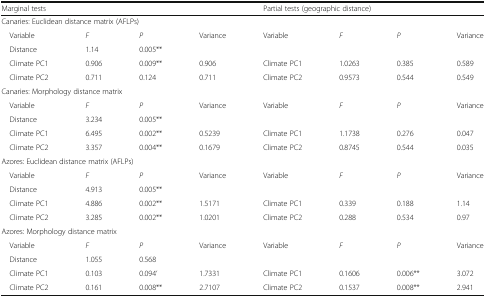
<table><thead><tr><td colspan="4"><b>Marginal tests</b></td><td colspan="4"><b>Partial tests (geographic distance)</b></td></tr></thead><tbody><tr><td colspan="8">Canaries: Euclidean distance matrix (AFLPs)</td></tr><tr><td> Variable</td><td><i>F</i></td><td><i>P</i></td><td>Variance</td><td>Variable</td><td><i>F</i></td><td><i>P</i></td><td>Variance</td></tr><tr><td> Distance</td><td>1.14</td><td>0.005**</td><td></td><td></td><td></td><td></td><td></td></tr><tr><td> Climate PC1</td><td>0.906</td><td>0.009**</td><td>0.906</td><td>Climate PC1</td><td>1.0263</td><td>0.385</td><td>0.589</td></tr><tr><td> Climate PC2</td><td>0.711</td><td>0.124</td><td>0.711</td><td>Climate PC2</td><td>0.9573</td><td>0.544</td><td>0.549</td></tr><tr><td colspan="8">Canaries: Morphology distance matrix</td></tr><tr><td> Variable</td><td><i>F</i></td><td><i>P</i></td><td>Variance</td><td>Variable</td><td><i>F</i></td><td><i>P</i></td><td>Variance</td></tr><tr><td> Distance</td><td>3.234</td><td>0.005**</td><td></td><td></td><td></td><td></td><td></td></tr><tr><td> Climate PC1</td><td>6.495</td><td>0.002**</td><td>0.5239</td><td>Climate PC1</td><td>1.1738</td><td>0.276</td><td>0.047</td></tr><tr><td> Climate PC2</td><td>3.357</td><td>0.004**</td><td>0.1679</td><td>Climate PC2</td><td>0.8745</td><td>0.544</td><td>0.035</td></tr><tr><td colspan="8">Azores: Euclidean distance matrix (AFLPs)</td></tr><tr><td> Variable</td><td><i>F</i></td><td><i>P</i></td><td>Variance</td><td>Variable</td><td><i>F</i></td><td><i>P</i></td><td>Variance</td></tr><tr><td> Distance</td><td>4.913</td><td>0.005**</td><td></td><td></td><td></td><td></td><td></td></tr><tr><td> Climate PC1</td><td>4.886</td><td>0.002**</td><td>1.5171</td><td>Climate PC1</td><td>0.339</td><td>0.188</td><td>1.14</td></tr><tr><td> Climate PC2</td><td>3.285</td><td>0.002**</td><td>1.0201</td><td>Climate PC2</td><td>0.288</td><td>0.534</td><td>0.97</td></tr><tr><td colspan="8">Azores: Morphology distance matrix</td></tr><tr><td> Variable</td><td><i>F</i></td><td><i>P</i></td><td>Variance</td><td>Variable</td><td><i>F</i></td><td><i>P</i></td><td>Variance</td></tr><tr><td> Distance</td><td>1.055</td><td>0.568</td><td></td><td></td><td></td><td></td><td></td></tr><tr><td> Climate PC1</td><td>0.103</td><td>0.094‘</td><td>1.7331</td><td>Climate PC1</td><td>0.1606</td><td>0.006**</td><td>3.072</td></tr><tr><td> Climate PC2</td><td>0.161</td><td>0.008**</td><td>2.7107</td><td>Climate PC2</td><td>0.1537</td><td>0.008**</td><td>2.941</td></tr></tbody></table>